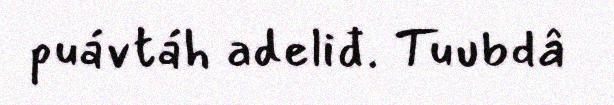
puávtáh adeliđ. Tuubdâ